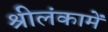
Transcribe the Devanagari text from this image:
श्रीलंकामें